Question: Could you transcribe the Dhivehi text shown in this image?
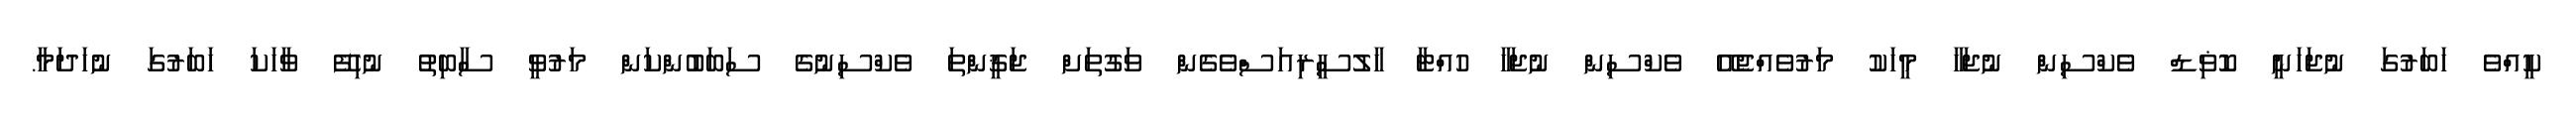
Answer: ކީއްވެ ހަބަރުގަ ނުޖަހަނީ ކޮޥިޑް ވެކްސިން ނުޖަހާ މީހަކު މަރުވެއްޖެއޭ ވެކްސިން ނުޖަހާ ހުއްޓާ ހާލުސީރިއަސްވެގެން ވަގުތަށް ޖަޤީންތަ ވެކްސިނުގެ ސަބަބުންކަން މަރުވީ ސާބިތު ނުހިފޭ ވާހަކަ ހަބަރުގަ ނުހަދަމާ.